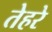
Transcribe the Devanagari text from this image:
तेहरे